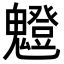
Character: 𩴝